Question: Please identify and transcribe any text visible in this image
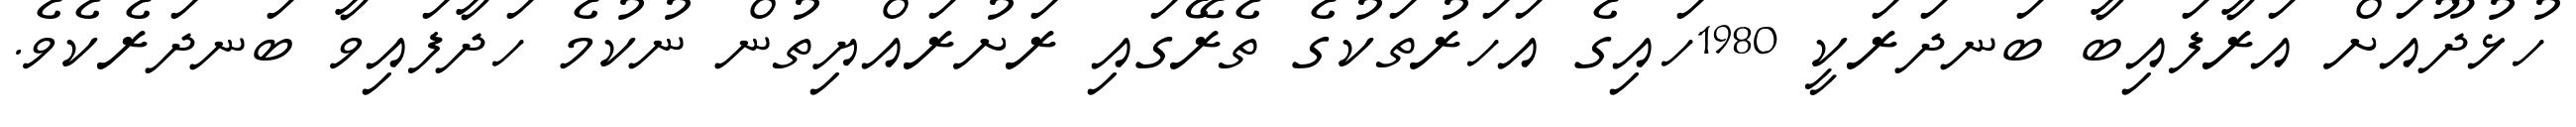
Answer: ހުޅުދޫއަށް އަރާފައިބާ ބަނދަރަކީ 1980ހައިގެ އަހަރުތަކުގެ ތެރޭގައި ރަށުރައްޔިތުން ނުކުމެ ހަދާފައިވާ ބަނދަރެކެވެ.